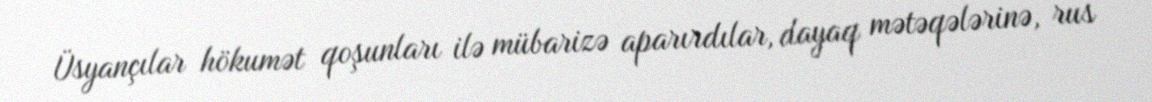
Üsyançılar hökumət qoşunları ilə mübarizə aparırdılar, dayaq mətəqələrinə, rus